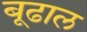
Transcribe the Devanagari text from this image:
बूढाल